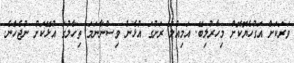
ވަރަކަށް އަގުހެޔޮކޮށް މިހާރުލިބޭ. އަމިއްލަ ރަށުގަ އުޅެން ވިސްނާނަމަ ތިހާލުގަ އުޅޭކަށް ނުޖެހަެނެ.